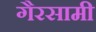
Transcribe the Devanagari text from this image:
गैरसामी